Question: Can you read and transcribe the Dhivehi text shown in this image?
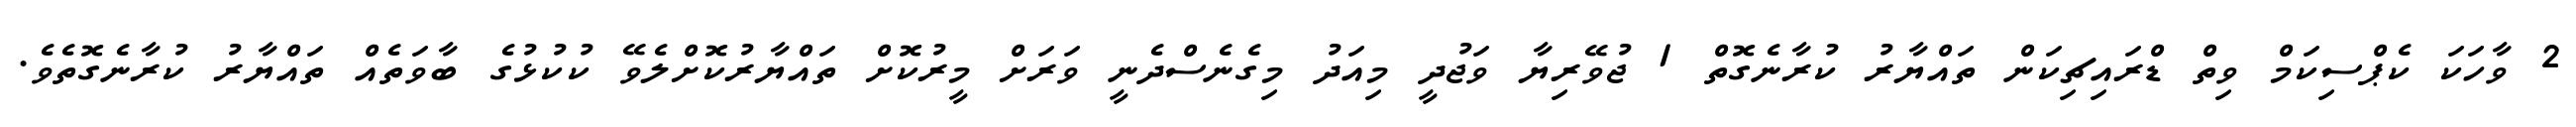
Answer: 2 ވާހަކަ ކެޕްސިކަމް ވިތް ޑްރައިޗިކަން ތައްޔާރު ކުރާނެގޮތް 1 ޖުވޭރިޔާ ވަޖުދީ މިއަދު މިގެނެސްދެނީ ވަރަށް މީރުކޮށް ތައްޔާރުކޮށްލެވޭ ކުކުޅުގެ ބާވަތެއް ތައްޔާރު ކުރާނެގޮތެވެ.